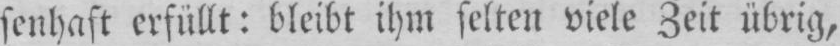
senhaft erfüllt: bleibt ihm selten viele Zeit übrig,